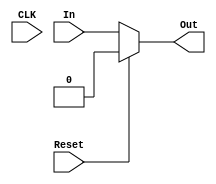
module register_1bit(In,Out,Reset,CLK);
input In, Reset, CLK;
output Out;
reg Out;

always @ (CLK)
	if (Reset)
		Out <= 0;
	else
		Out <= In;	
endmodule